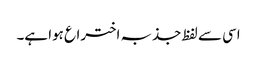
اسی سے لفظ جذبہ اختراع ہوا ہے۔